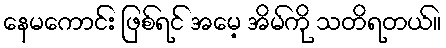
နေမကောင်း ဖြစ်ရင် အမေ့ အိမ်ကို သတိရတယ်။